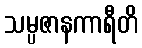
သမ္ပဇာနကာရီတိ